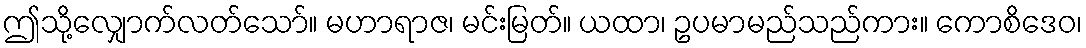
ဤသို့လျှောက်လတ်သော်။ မဟာရာဇ၊ မင်းမြတ်။ ယထာ၊ ဥပမာမည်သည်ကား။ ကောစိဒေဝ၊